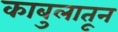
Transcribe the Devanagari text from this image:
काबुलातून